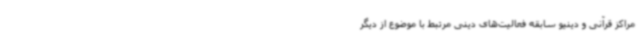
مراکز قرآنی و دینیو سابقه فعالیت‌های دینی مرتبط با موضوع از دیگر